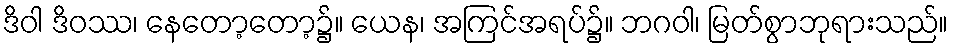
ဒိဝါ ဒိဝဿ၊ နေတော့တော့၌။ ယေန၊ အကြင်အရပ်၌။ ဘဂဝါ၊ မြတ်စွာဘုရားသည်။